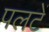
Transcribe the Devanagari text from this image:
पलटें